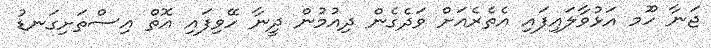
ޖަނާ ހޫމ އަޅުވާލައިފައި އެތެރެއަށް ވަދެގެން ދިއުމުން ދީނާ ހޭވިފައި އޮތް އިސްތަށިގަނޑު